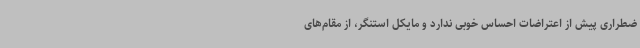
ضطراری پیش از اعتراضات احساس خوبی ندارد و مایکل استنگر، از مقام‌های